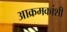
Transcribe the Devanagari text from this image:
आक्रमकांशी